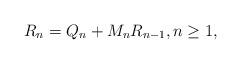
LaTeX: \begin{align*}R_n = Q_n + M_nR_{n-1}, n \geq 1,\end{align*}